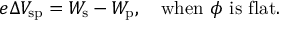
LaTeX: e \Delta V _ { \mathrm { { s p } } } = W _ { \mathrm { { s } } } - W _ { \mathrm { { p } } } , \quad { \mathrm { w h e n } } ~ \phi ~ { \mathrm { i s ~ f l a t } } .